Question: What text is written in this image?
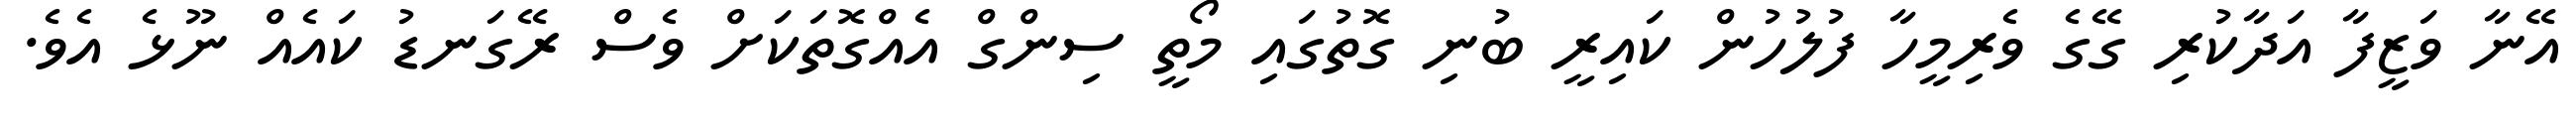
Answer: އޭނާ ވަޒީފާ އަދާކުރި ގޭގެ ވެރިމީހާ ފުލުހުން ކައިރީ ބުނި ގޮތުގައި މޯތީ ސިންގް އެއްގޮތަކަށް ވެސް ރޭގަނޑު ކައެއް ނޫޅެ އެވެ.